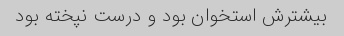
بیشترش استخوان بود و درست نپخته بود